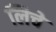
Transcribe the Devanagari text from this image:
लिचे